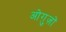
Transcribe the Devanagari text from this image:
ओग़ुज़ों